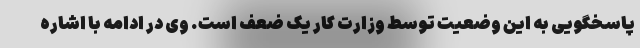
پاسخگویی به این وضعیت توسط وزارت کار یک ضعف است. وی در ادامه با اشاره